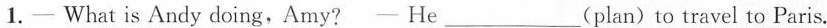
1.—What is Andy doing,Amy?—He___(plan) to travel to Paris.